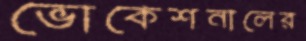
ভোকেশনালের